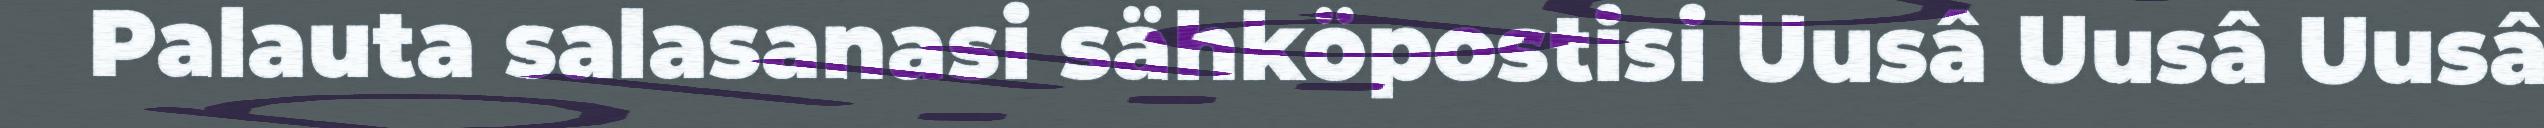
Palauta salasanasi sähköpostisi Uusâ Uusâ Uusâ